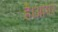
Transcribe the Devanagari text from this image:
है।आगर